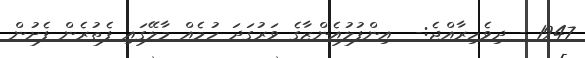
1947 - ދިވެހިރާއްޖެ:-  އިންފުލުއެންޒާގެ ވަރުގަދަ ހުމެއް މާލޭގައި ފެތުރެން ފެށުން